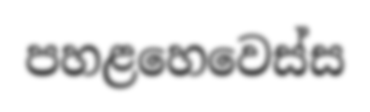
පහළහෙවෙස්ස